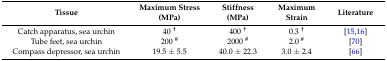
<table><thead><tr><td><b>Tissue</b></td><td><b>Maximum Stress (MPa)</b></td><td><b>Stiffness (MPa)</b></td><td><b>Maximum Strain</b></td><td><b>Literature</b></td></tr></thead><tbody><tr><td>Catch apparatus, sea urchin</td><td>40 <sup>†</sup></td><td>400 <sup>†</sup></td><td>0.3 <sup>†</sup></td><td>[15,16]</td></tr><tr><td>Tube feet, sea urchin</td><td>200 <sup>#</sup></td><td>2000 <sup>#</sup></td><td>2.0 <sup>#</sup></td><td>[70]</td></tr><tr><td>Compass depressor, sea urchin</td><td>19.5 ± 5.5</td><td>40.0 ± 22.3</td><td>3.0 ± 2.4</td><td>[66]</td></tr></tbody></table>